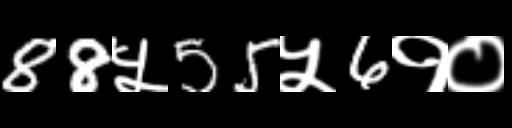
Text: 88५55५6१०